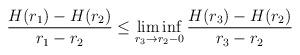
LaTeX: \begin{align*}\frac{H(r_1)-H(r_2)}{r_1-r_2} \leq\liminf\limits_{r_3 \to r_2-0}\frac{H(r_3)-H(r_2)}{r_3-r_2}\end{align*}